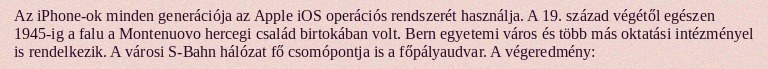
Az iPhone-ok minden generációja az Apple iOS operációs rendszerét használja. A 19. század végétől egészen 1945-ig a falu a Montenuovo hercegi család birtokában volt. Bern egyetemi város és több más oktatási intézményel is rendelkezik. A városi S-Bahn hálózat fő csomópontja is a főpályaudvar. A végeredmény: